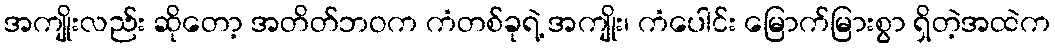
အကျိုးလည်း ဆိုတော့ အတိတ်ဘဝက ကံတစ်ခုရဲ့ အကျိုး၊ ကံပေါင်း မြောက်မြားစွာ ရှိတဲ့အထဲက